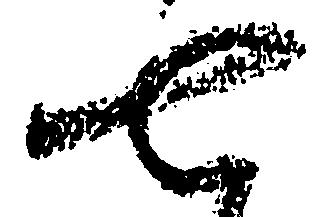
七